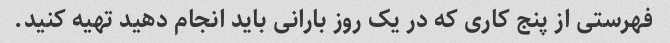
فهرستی از پنج کاری که در یک روز بارانی باید انجام دهید تهیه کنید.